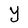
Character: Y